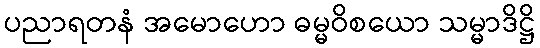
ပညာရတနံ အမောဟော ဓမ္မဝိစယော သမ္မာဒိဋ္ဌိ